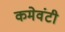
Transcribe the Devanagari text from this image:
कमेवंटी